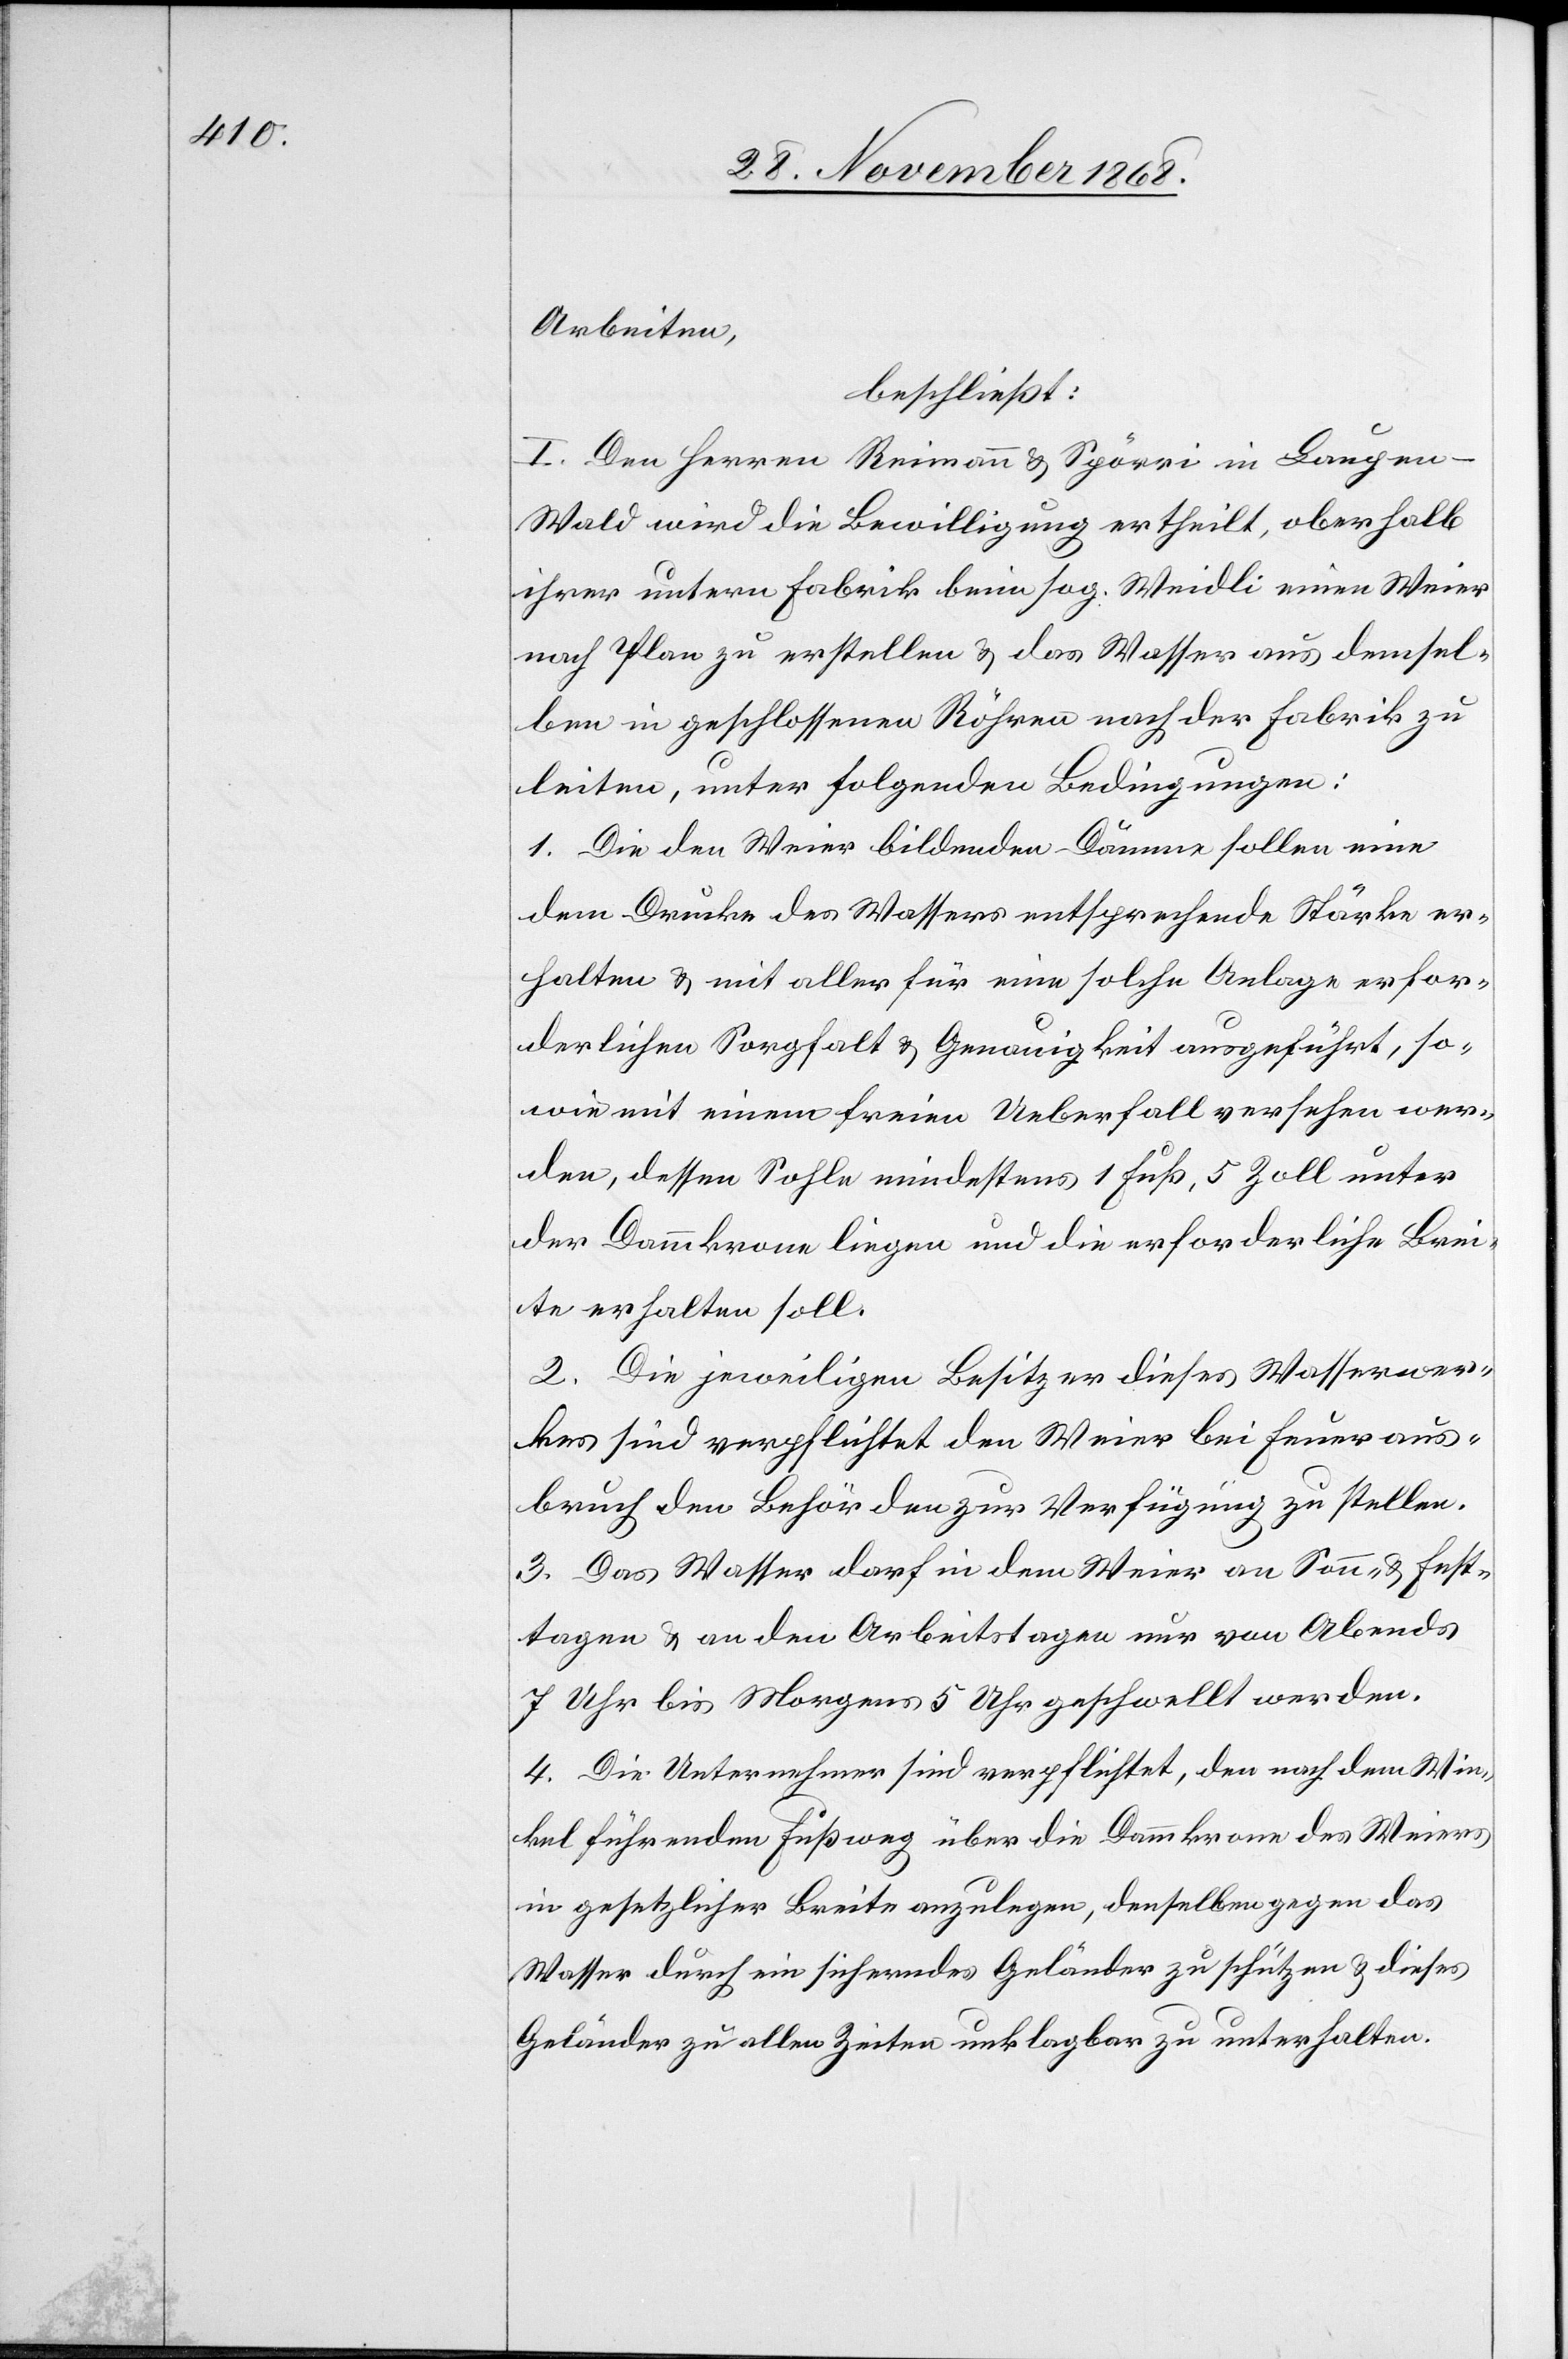
Arbeiten,
beschließt:
I. Den Herren Reimann & Spörri in Laupen
Wald wird die Bewilligung ertheilt, oberhalb
ihrer untern Fabrik beim sog. Weidli einen Weier
nach Plan zu erstellen & das Wasser aus demsel¬
ben in geschlossenen Röhren nach der Fabrik zu
leiten, unter folgenden Bedingungen:
1. Die den Weier bildenden Dämme sollen eine
dem Drucke des Wassers entsprechende Stärke er¬
halten & mit aller für eine solche Anlage erfor¬
derlichen Sorgfalt & Genauigkeit ausgeführt, so¬
wie mit einem freien Ueberfall versehen wer¬
den, dessen Sohle mindestens 1 Fuß, 5 Zoll unter
der Dammkrone liegen und die erforderliche Brei¬
te erhalten soll.
2. Die jeweiligen Besitzer dieses Wasserwer¬
kes sind verpflichtet den Weier bei Feueraus¬
bruch den Behörden zur Verfügung zu stellen.
3. Das Wasser darf in dem Weier an Sonn- & Fest¬
tagen & an den Arbeitstagen nur von Abends
7 Uhr bis Morgens 5 Uhr geschwellt werden.
4. Die Unternehmer sind verpflichtet, den nach dem Win¬
kel führenden Fußweg über die Dammkrone des Weiers
in gesetzlicher Breite anzulegen, denselben gegen das
Wasser durch ein sicherndes Geländer zu schützen & dieses
Geländer zu allen Zeiten unklagbar zu unterhalten.